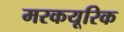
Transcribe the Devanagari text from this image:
मरकयूरिक